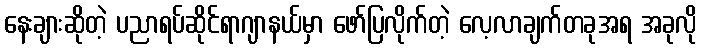
နေးချားဆိုတဲ့ ပညာရပ်ဆိုင်ရာဂျာနယ်မှာ ဖော်ပြလိုက်တဲ့ လေ့လာချက်တခုအရ အခုလို